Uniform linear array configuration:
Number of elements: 64
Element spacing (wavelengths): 0.75
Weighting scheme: kaiser
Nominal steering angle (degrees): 30
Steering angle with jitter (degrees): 28.288
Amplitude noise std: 0.05
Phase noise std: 0.05

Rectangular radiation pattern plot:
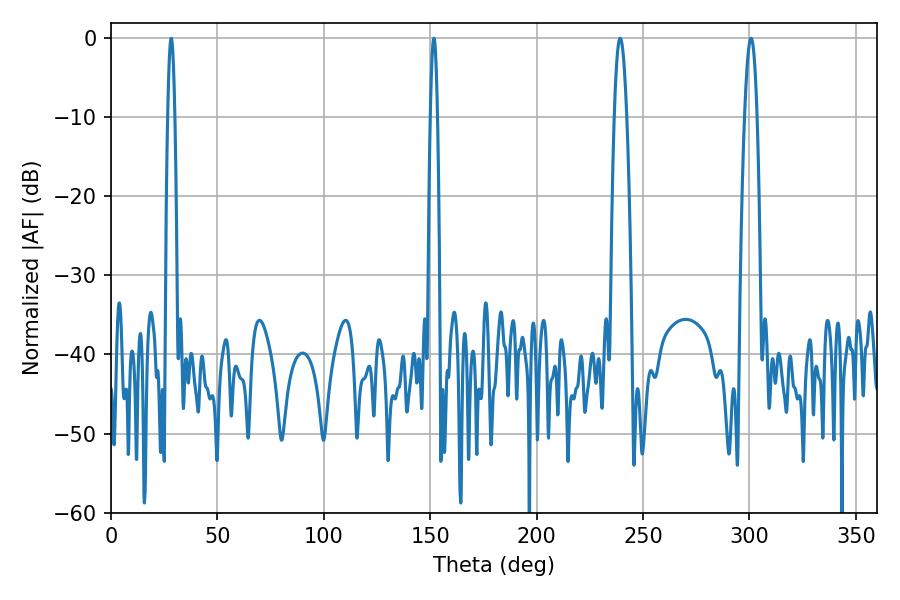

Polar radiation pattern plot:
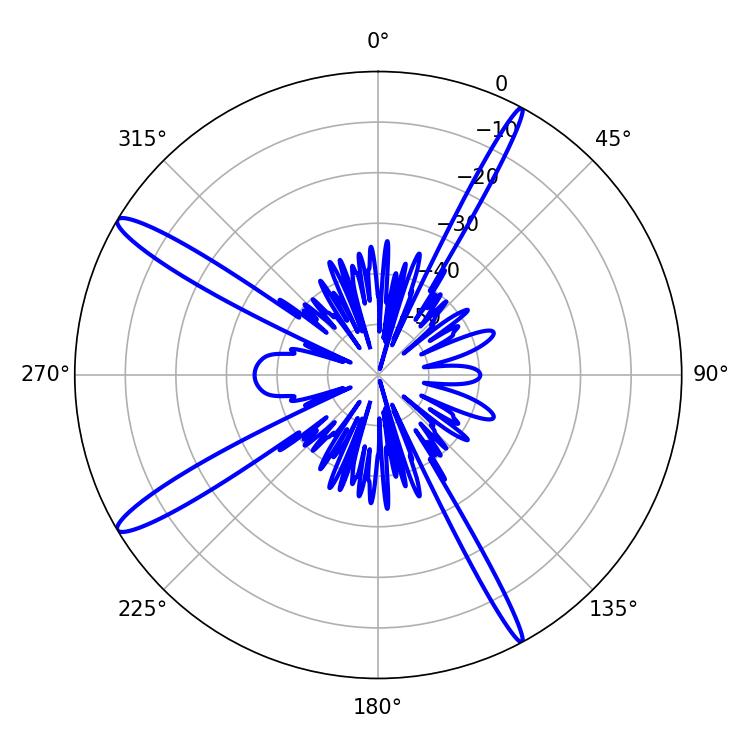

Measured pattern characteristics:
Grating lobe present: TRUE
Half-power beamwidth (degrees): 3.06
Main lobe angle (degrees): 239.22